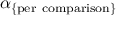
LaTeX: \alpha _ { \mathrm { \{ p e r \ c o m p a r i s o n \} } }